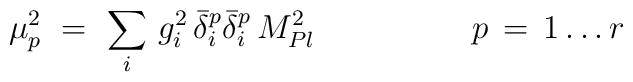
\mu^2_p\ =\ \sum_i\, g_i^2\, \bar \delta^p_i \bar \delta^p_i\,  M^2_{Pl}  \hskip 2cm  p\, =\, 1 \ldots r